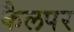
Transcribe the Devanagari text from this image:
कैलपर